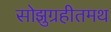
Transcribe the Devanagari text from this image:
सोझुग्रहीतमथ